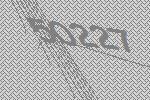
50227